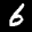
Label: 6